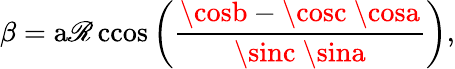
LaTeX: \beta=\operatorname{a\mathscr{R}ccos}\left({\frac{{\cosb-\cosc\ \cosa}}{{\sinc\ \sina}}}\right),